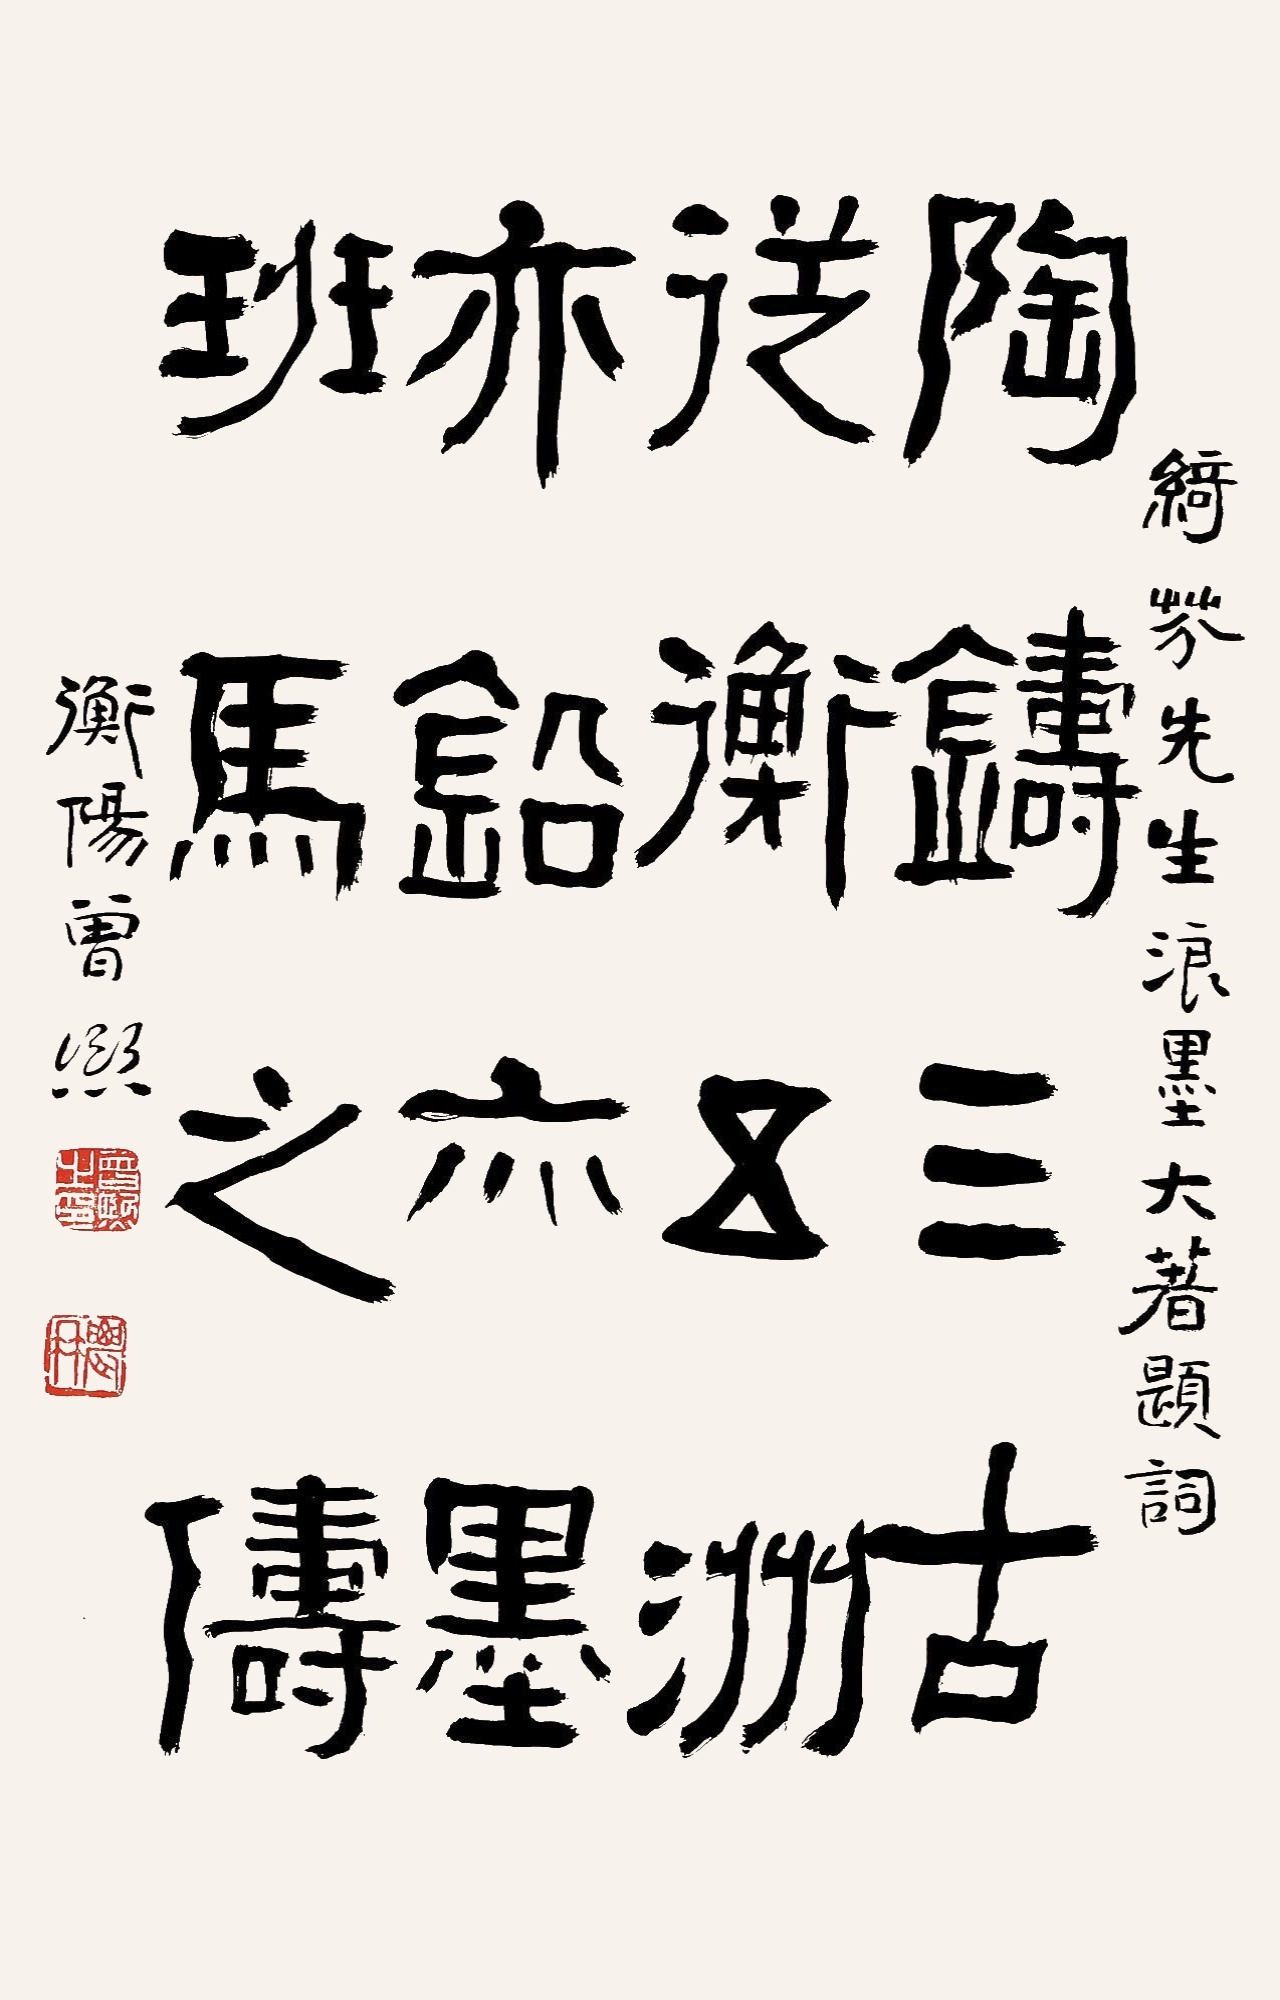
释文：陶铸三古，纵横五洲，亦铅亦墨，班马之俦。绮芬先生浪墨大着题词，衡阳曾熙。